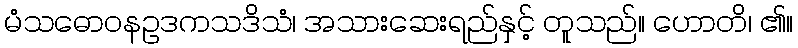
မံသဓောဝနဥဒကသဒိသံ၊ အသားဆေးရည်နှင့် တူသည်။ ဟောတိ၊ ၏။